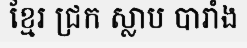
ខ្មែរ ជ្រក ស្លាប បារាំង